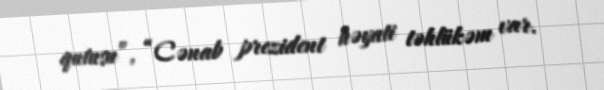
qutusu”, “Cənab prezident həyati təhlükəm var.